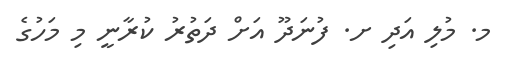
މ. މުލި އަދި ށ. ފުނަދޫ އަށް ދަތުރު ކުރާނީ މި މަހުގެ